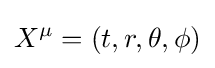
X^{\mu }=(t,r,\theta ,\phi )